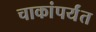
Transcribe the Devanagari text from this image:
चाकांपर्यंत